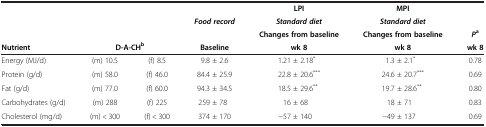
<table><thead><tr><td rowspan="3"><b> </b></td><td rowspan="3" colspan="2"><b> </b></td><td><b> </b></td><td><b>LPI</b></td><td><b>MPI</b></td><td><b> </b></td></tr><tr><td><b><i>Food record</i></b></td><td><b><i>Standard diet</i></b></td><td><b><i>Standard diet</i></b></td><td><b> </b></td></tr><tr><td><b> </b></td><td><b>Changes from baseline</b></td><td><b>Changes from baseline</b></td><td><b><i>P</i><sup>a</sup></b></td></tr><tr><td><b>Nutrient</b></td><td colspan="2"><b>D-A-CH<sup>b</sup></b></td><td><b>Baseline</b></td><td><b>wk 8</b></td><td><b>wk 8</b></td><td><b>wk 8</b></td></tr></thead><tbody><tr><td>Energy (MJ/d)</td><td>(m) 10.5</td><td>(f) 8.5</td><td>9.8 ± 2.6</td><td>1.21 ± 2.18<sup>*</sup></td><td>1.3 ± 2.1<sup>*</sup></td><td>0.78</td></tr><tr><td>Protein (g/d)</td><td>(m) 58.0</td><td>(f) 46.0</td><td>84.4 ± 25.9</td><td>22.8 ± 20.6<sup>***</sup></td><td>24.6 ± 20.7<sup>***</sup></td><td>0.69</td></tr><tr><td>Fat (g/d)</td><td>(m) 77.0</td><td>(f) 60.0</td><td>94.3 ± 34.5</td><td>18.5 ± 29.6<sup>**</sup></td><td>19.7 ± 28.6<sup>**</sup></td><td>0.80</td></tr><tr><td>Carbohydrates (g/d)</td><td>(m) 288</td><td>(f) 225</td><td>259 ± 78</td><td>16 ± 68</td><td>18 ± 71</td><td>0.83</td></tr><tr><td>Cholesterol (mg/d)</td><td>(m) &lt; 300</td><td>(f) &lt; 300</td><td>374 ± 170</td><td>−57 ± 140</td><td>−49 ± 137</td><td>0.69</td></tr></tbody></table>